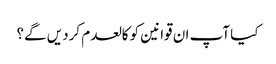
کیا آپ ان قوانین کو کالعدم کردیں گے؟